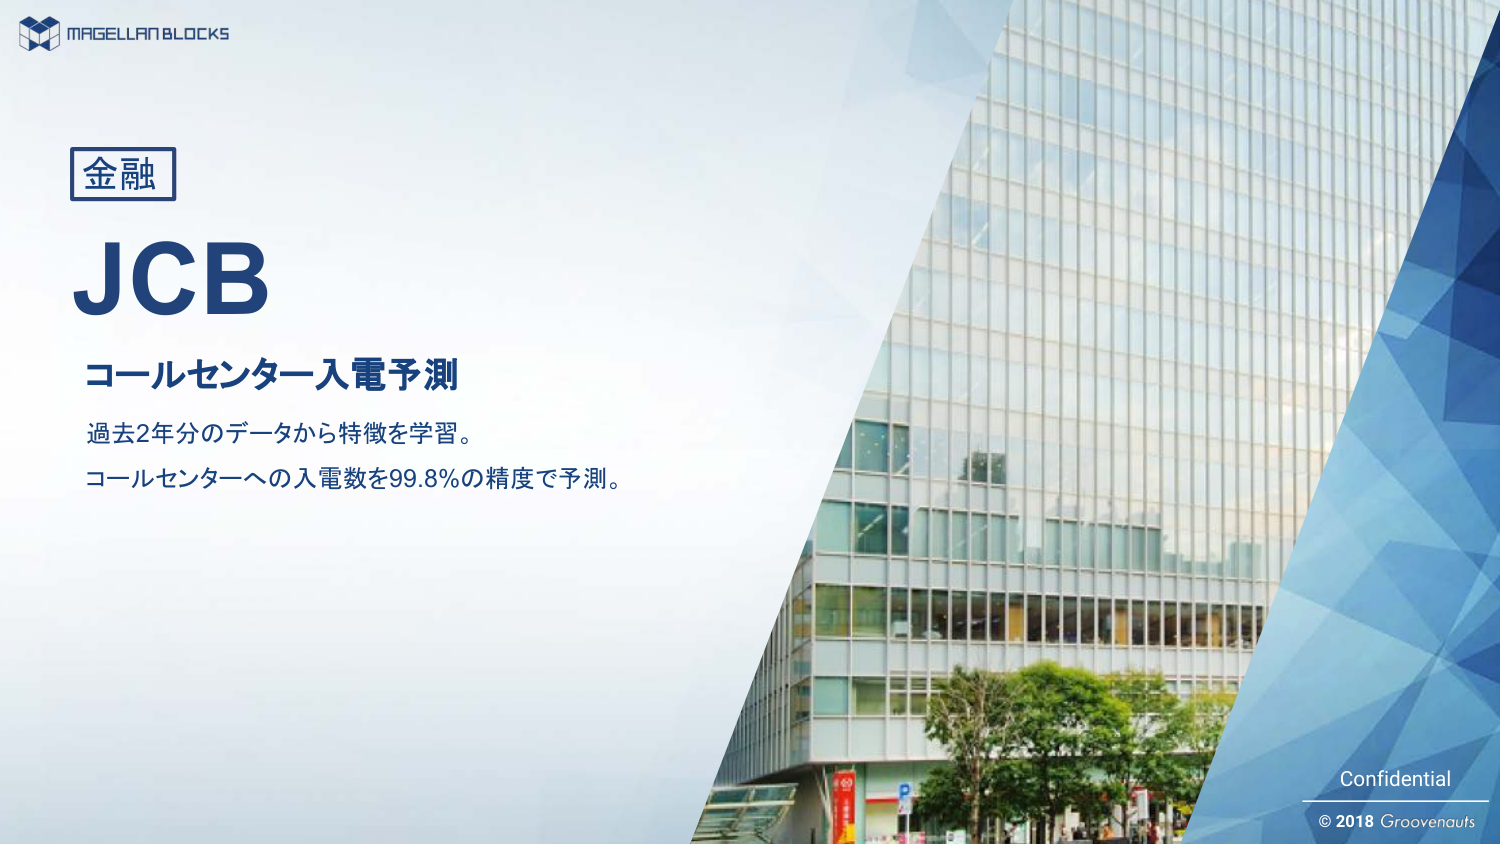
MAGELLAN BLOCKS
金融
JCB
コールセンター入電予測
過去2年分のデータから特徴を学習。
コールセンターへの入電数を99.8%の精度で予測。
Confidential
© 2018 Groovenauts